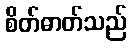
စိတ်ဓာတ်သည်